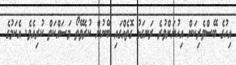
އިހުގެ ބޭސްވެރިކަން އިހުނަށްވުރެ ރަނގަޅު ގޮތެއްގައި ބޭނުން ކުރެވޭތޯ މަސައްކަތް ކުރިއެވެ. އެކަމުގެ